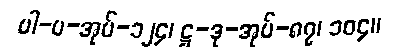
ပါ-ပ-အုပ်-၁၂၄၊ ဋ္ဌ-ဒု-အုပ်-၈၇၊ ၁၀၄။